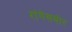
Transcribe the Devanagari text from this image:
रांगेसमोर